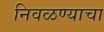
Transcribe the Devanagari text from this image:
निवळण्याचा